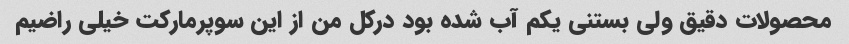
محصولات دقیق ولی بستنی یکم آب شده بود درکل من از این سوپرمارکت خیلی راضیم